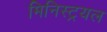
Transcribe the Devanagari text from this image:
मिनिस्ट्रयल